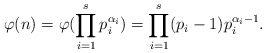
\begin{align*}\varphi(n)=\varphi(\prod_{i=1}^{s}p_{i}^{\alpha_{i}})=\prod_{i=1}^{s}(p_{i}-1)p_{i}^{\alpha_{i}-1}.\end{align*}